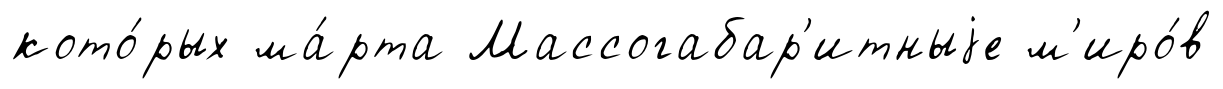
кото́рых ма́рта Массогабар'итныjе м'иро́в